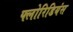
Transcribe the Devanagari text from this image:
फ्लोरिडियंस